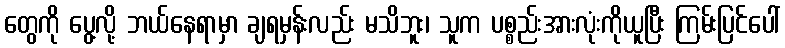
တွေကို ပွေ့လို့ ဘယ်နေရာမှာ ချရမှန်းလည်း မသိဘူး၊ သူက ပစ္စည်းအားလုံးကိုယူပြီး ကြမ်းပြင်ပေါ်